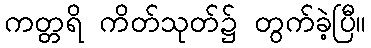
ကတ္တရိ ကိတ်သုတ်၌ တွက်ခဲ့ပြီ။